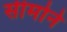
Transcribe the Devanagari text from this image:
सीमोने